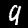
Digit: 9